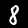
Label: 8